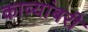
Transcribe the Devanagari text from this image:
काव्यांबरी